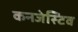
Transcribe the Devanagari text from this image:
कनजेस्टिव